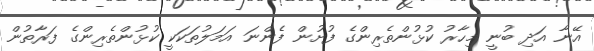
އޭނާ އަދި ބުނީ މިހާރު ކުޅުންތެރިންގެ ފުށުން ފެންނަ އަމަލުތަކަކީ ކުޅުންތެރިންގެ ފަރާތުން